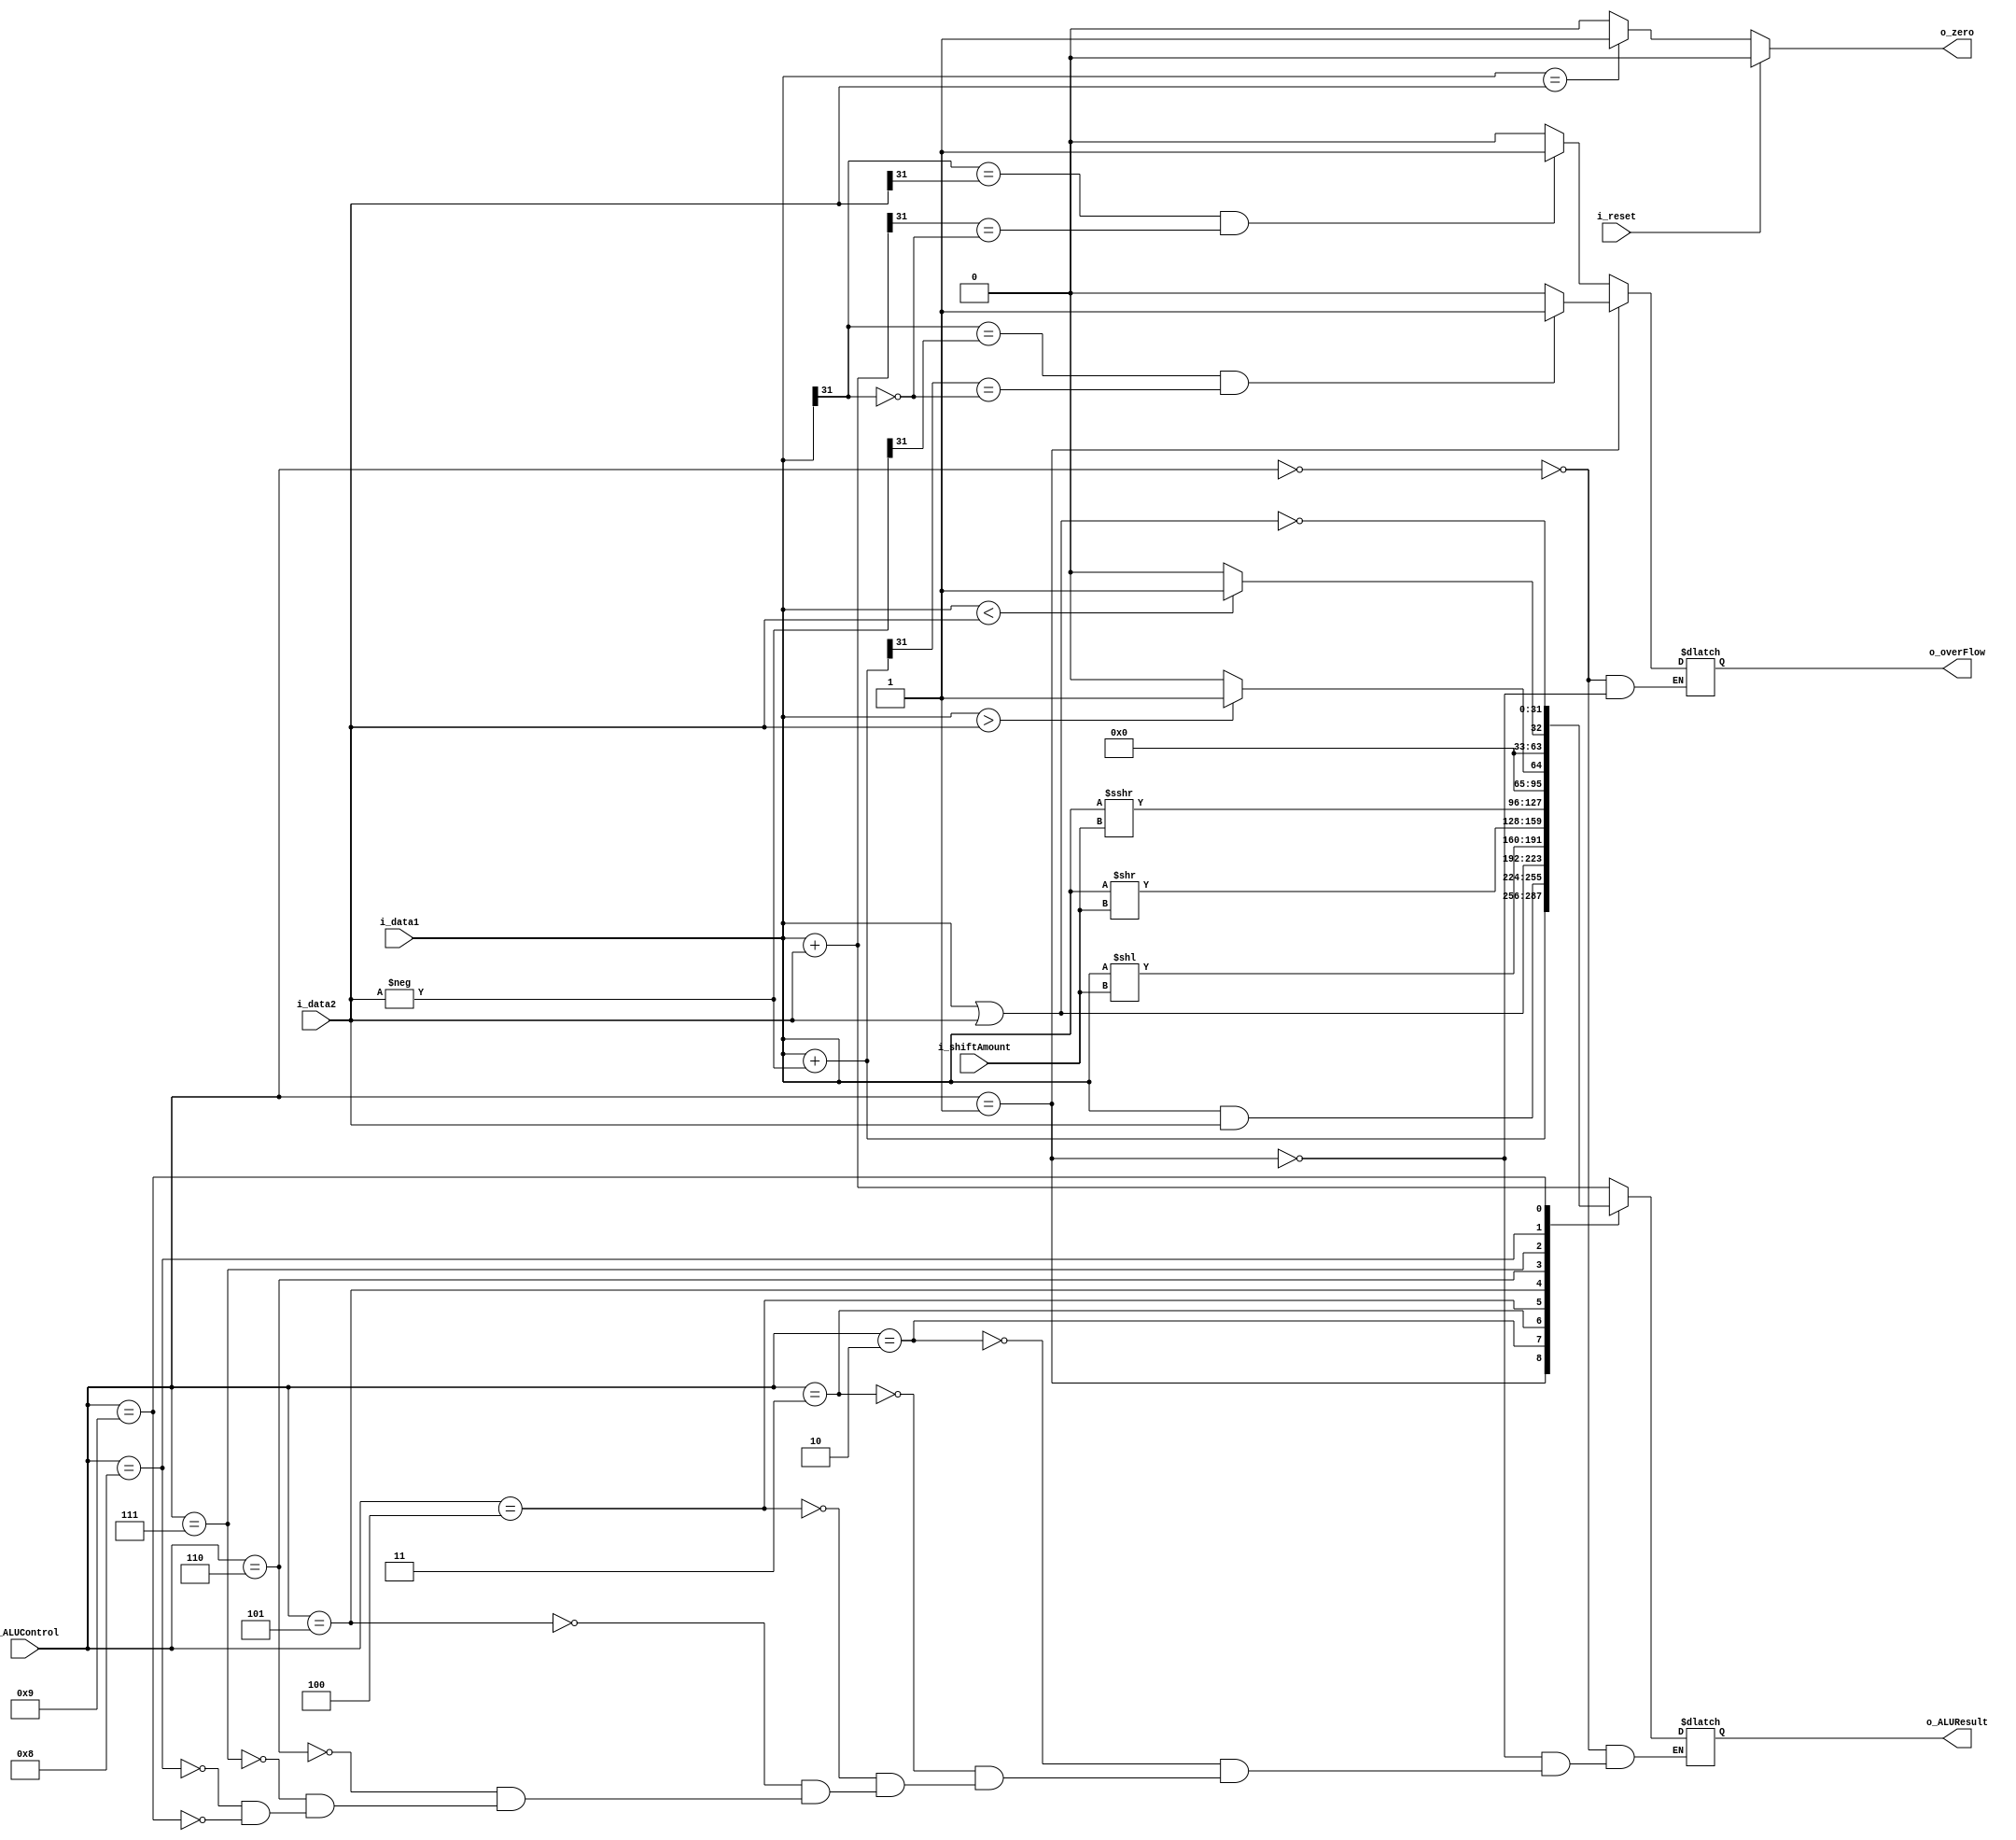
module ALU(i_reset,i_data1, i_data2, i_ALUControl, i_shiftAmount, o_overFlow, o_zero, o_ALUResult);

input wire i_reset;
input wire signed [31:0] i_data1,i_data2;
input wire [3:0] i_ALUControl;
input wire [4:0] i_shiftAmount;
output reg o_overFlow, o_zero;
output reg signed [31:0] o_ALUResult;

wire [31:0] w_neg_data2;
assign w_neg_data2 = -i_data2;

parameter ADD = 4'b0000;
parameter SUB = 4'b0001;
parameter AND = 4'b0010;
parameter OR = 4'b0011;
parameter SHFT_L = 4'b0100;
parameter SHFT_R_L = 4'b0101;
parameter SHFT_R_A = 4'b0110;
parameter GREATER = 4'b0111;
parameter LESS = 4'b1000;
parameter NOR = 4'b1001;


always @(i_ALUControl, i_data1, i_data2,i_reset)
begin

if(i_reset)
o_zero = 1'b0;

else if(i_data1 == i_data2)
o_zero = 1'b1;

else
o_zero = 1'b0;

case(i_ALUControl)

ADD: 
	begin	
	
	o_ALUResult = i_data1 + i_data2;
	
	if(i_data1[31] == i_data2[31] && o_ALUResult[31] == ~i_data1[31])
	o_overFlow = 1'b1;
	
	else
	o_overFlow = 1'b0;
	
	end

SUB:
	begin
	
	o_ALUResult = i_data1 + w_neg_data2;
	
	if(i_data1[31] == w_neg_data2[31] && o_ALUResult[31] == ~i_data1[31])
	o_overFlow = 1'b1;
	
	else
	o_overFlow = 1'b0;
	
	end
	
AND:
	o_ALUResult = i_data1 & i_data2;

OR:
	o_ALUResult = i_data1 | i_data2;

SHFT_L:
	o_ALUResult = i_data1 << i_shiftAmount;

SHFT_R_L:
	o_ALUResult = i_data1 >> i_shiftAmount;

SHFT_R_A:
	o_ALUResult = i_data1 >>> i_shiftAmount;

GREATER:
	begin
	
	if(i_data1 > i_data2)
	o_ALUResult = 1;
	
	else
	o_ALUResult = 0;
	
	end

LESS:
	begin
	if(i_data1 < i_data2)
	o_ALUResult = 1;
	
	else
	o_ALUResult = 0;
	
	end

NOR:
	o_ALUResult = ~(i_data1 | i_data2);

endcase

end

endmodule